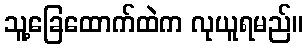
သူ့ခြေထောက်ထဲက လုယူရမည်။